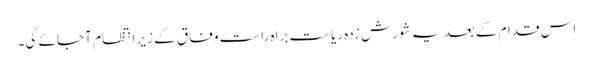
اس قدام کے بعد یہ شورش زدہ ریاست براہ راست وفاق کے زیر انتظام آ جائے گی۔